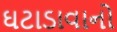
ઘટાડાવાનો